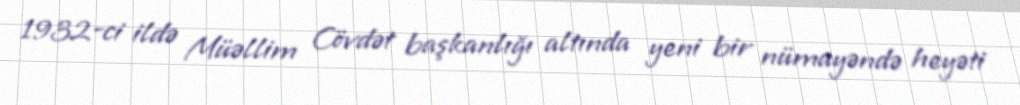
1932-ci ildə Müəllim Cövdət başkanlığı altında yeni bir nümayəndə heyəti